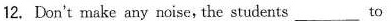
12. Don't make any noise, the students ___ to